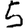
Digit: 5